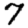
Digit: 7